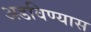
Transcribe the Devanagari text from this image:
अडविण्यास